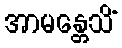
အာမန္တေသိံ